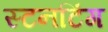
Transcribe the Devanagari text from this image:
स्टनटिंग